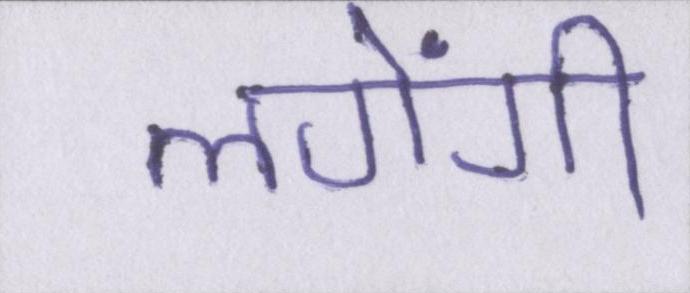
लगेंगी